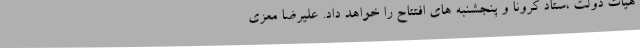
هیات دولت ،ستاد کرونا و پنجشنبه های افتتاح را خواهد داد. علیرضا معزی